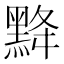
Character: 𪐿